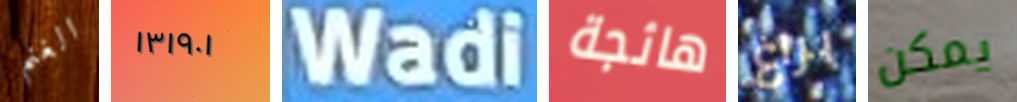
الغنم ١٣١٩٠١ Wadi هائجة براغ يمكن